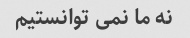
نه ما نمی توانستیم